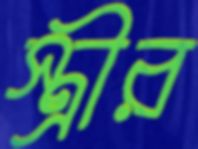
স্ত্রীর